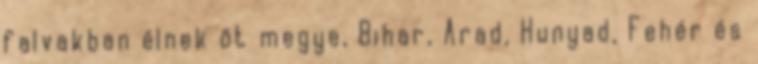
falvakban élnek öt megye, Bihar, Arad, Hunyad, Fehér és